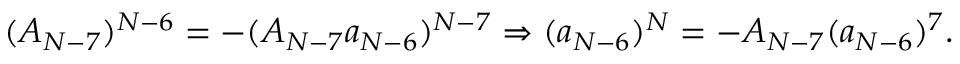
( A _ { N - 7 } ) ^ { N - 6 } = - ( A _ { N - 7 } a _ { N - 6 } ) ^ { N - 7 } \Rightarrow ( a _ { N - 6 } ) ^ { N } = - A _ { N - 7 } ( a _ { N - 6 } ) ^ { 7 } .